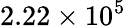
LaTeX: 2.22\times 10^{5}